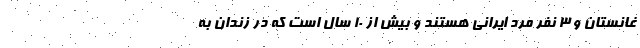
غانستان و ۳ نفر مرد ایرانی هستند و بیش از ۱۰ سال است که در زندان به